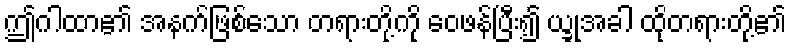
ဤဂါထာ၏ အနက်ဖြစ်သော တရားတို့ကို ဝေဖန်ပြီး၍ ယ္ခုအခါ ထိုတရားတို့၏